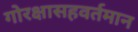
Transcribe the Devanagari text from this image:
गोरक्षासहवर्तमान